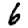
Digit: 6